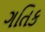
ગતિક